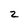
Character: 2